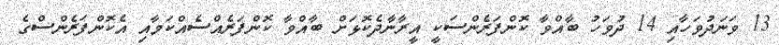
13 ވަނަދުވަހާއި 14 ދުވަހު ބާއްވާ ކޮންފަރެންސަކީ އީރާނާދެކޮޅަށް ބާއްވާ ކޮންފަރެއްސެއްކަމާއި އެކޮންފަރެންސްގެ